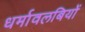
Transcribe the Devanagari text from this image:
धर्मावलबियों